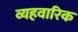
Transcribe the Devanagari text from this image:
व्यहवारिक